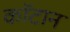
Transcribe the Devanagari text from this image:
कॉटान